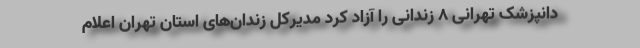
دانپزشک تهرانی ۸ زندانی را آزاد کرد مدیرکل زندان‌های استان تهران اعلام